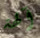
آلهة